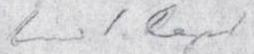
Eino S. Repo